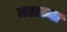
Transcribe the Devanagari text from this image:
मटाच्या